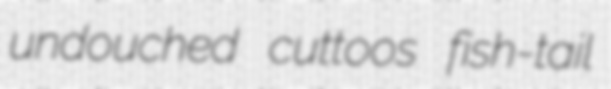
undouched cuttoos fish-tail